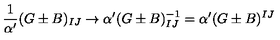
\frac { 1 } { \alpha ^ { \prime } } ( G \pm B ) _ { I J } \rightarrow \alpha ^ { \prime } ( G \pm B ) _ { I J } ^ { - 1 } = \alpha ^ { \prime } ( G \pm B ) ^ { I J }